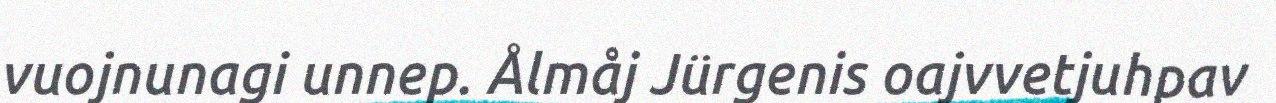
vuojnunagi unnep. Ålmåj Jürgenis oajvvetjuhpav